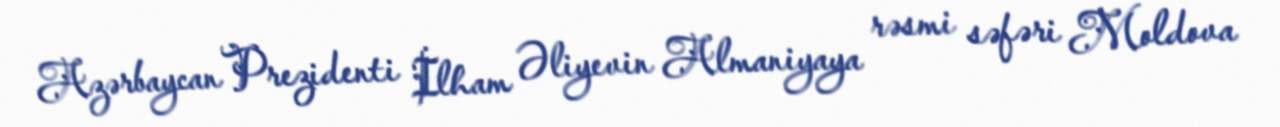
Azərbaycan Prezidenti İlham Əliyevin Almaniyaya rəsmi səfəri Moldova